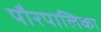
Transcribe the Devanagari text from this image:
पौरपालिका